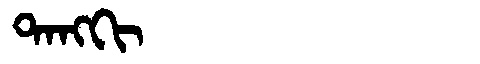
Manchu: ᡨᠠᠩᡴᡳ
Romanization: TANGKI